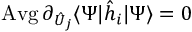
\operatorname { A v g } \partial _ { \hat { U } _ { j } } \langle \Psi | \hat { h } _ { i } | \Psi \rangle = 0